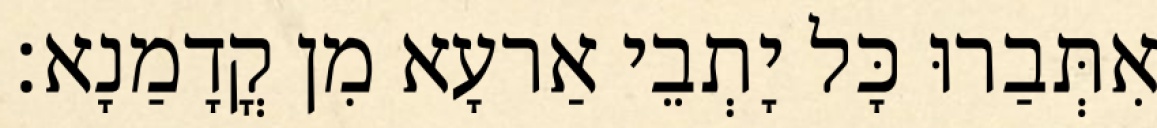
אִתְּבַרוּ כָּל יָתְבֵי אַרעָא מִן קֳדָמַנָא׃